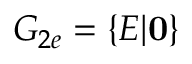
G _ { 2 e } = \{ E | \mathbf { 0 } \}